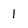
Character: 1